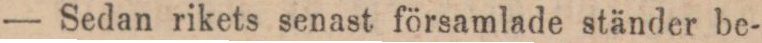
— Sedan rikets senast församlade ständer be-